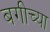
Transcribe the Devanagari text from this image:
बगीच्या